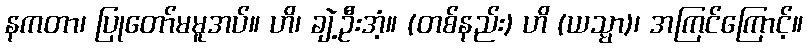
နကတာ၊ ပြုတော်မမူအပ်။ ဟိ၊ ချဲ့ဦးအံ့။ (တစ်နည်း) ဟိ (ယသ္မာ)၊ အကြင်ကြောင့်။